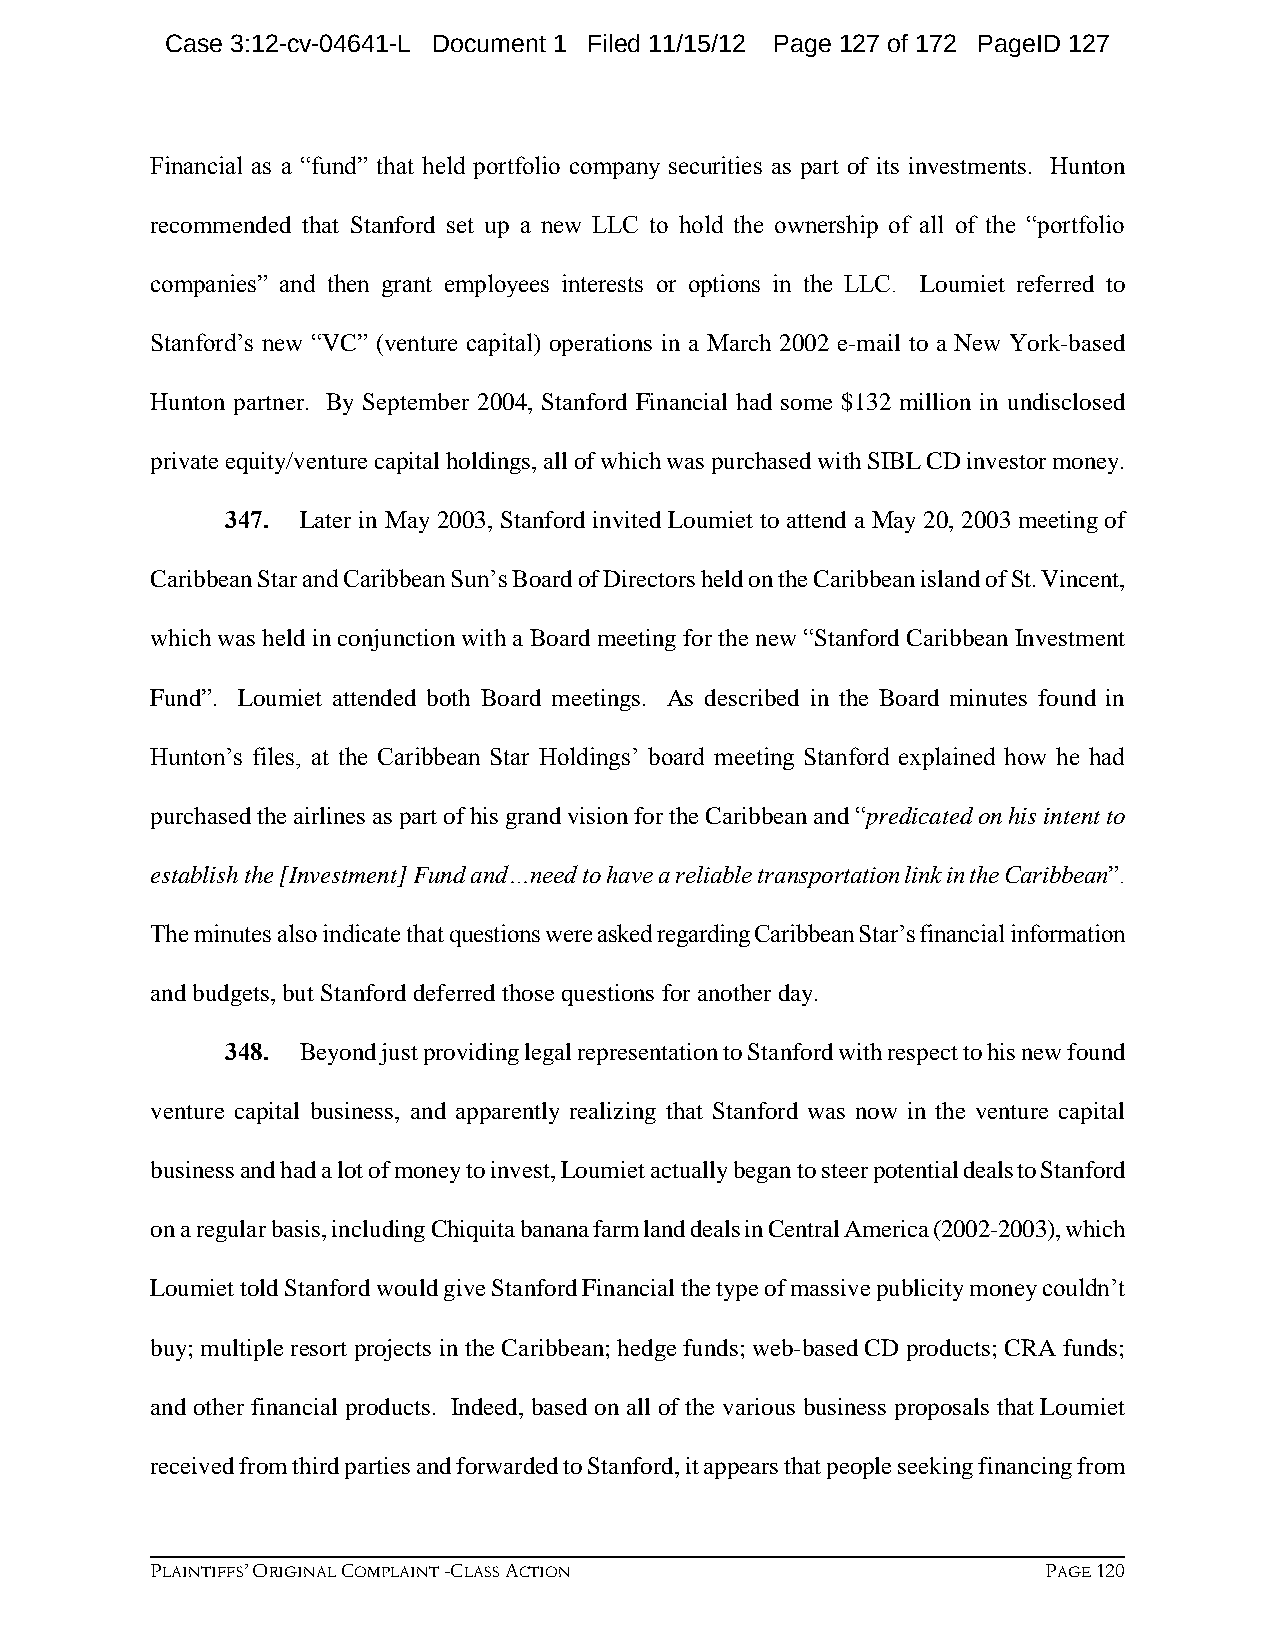
Case 3:12-cv-04641-L Document 1 Filed 11/15/12 Page 127 of 172 PageID 127
 Financial as a “fund” that held portfolio company securities as part of its investments. Hunton
 recommended that Stanford set up a new LLC to hold the ownership of all of the “portfolio
 companies” and then grant employees interests or options in the LLC. Loumiet referred to
 Stanford’s new “VC” (venture capital) operations in a March 2002 e-mail to a New York-based
 Hunton partner. By September 2004, Stanford Financial had some $132 million in undisclosed
 private equity/venture capital holdings, all of which was purchased with SIBL CD investor money.
 347. Later in May 2003, Stanford invited Loumiet to attend a May 20, 2003 meeting of
 Caribbean Star and Caribbean Sun’s Board of Directors held on the Caribbean island of St. Vincent,
 which was held in conjunction with a Board meeting for the new “Stanford Caribbean Investment
 Fund”. Loumiet attended both Board meetings. As described in the Board minutes found in
 Hunton’s files, at the Caribbean Star Holdings’ board meeting Stanford explained how he had
 purchased the airlines as part of his grand vision for the Caribbean and “predicated on his intent to
 establish the [Investment] Fund and…need to have a reliable transportation link in the Caribbean”.
 The minutes also indicate that questions were asked regarding Caribbean Star’s financial information
 and budgets, but Stanford deferred those questions for another day.
 348. Beyond just providing legal representation to Stanford with respect to his new found
 venture capital business, and apparently realizing that Stanford was now in the venture capital
 business and had a lot of money to invest, Loumiet actually began to steer potential deals to Stanford
 on a regular basis, including Chiquita banana farm land deals in Central America (2002-2003), which
 Loumiet told Stanford would give Stanford Financial the type of massive publicity money couldn’t
 buy; multiple resort projects in the Caribbean; hedge funds; web-based CD products; CRA funds;
 and other financial products. Indeed, based on all of the various business proposals that Loumiet
 received from third parties and forwarded to Stanford, it appears that people seeking financing from
 PLAINTIFFS’ ORIGINAL COMPLAINT -CLASS ACTION               PAGE 120